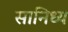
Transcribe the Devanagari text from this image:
सानिध्‍य